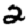
Digit: 2